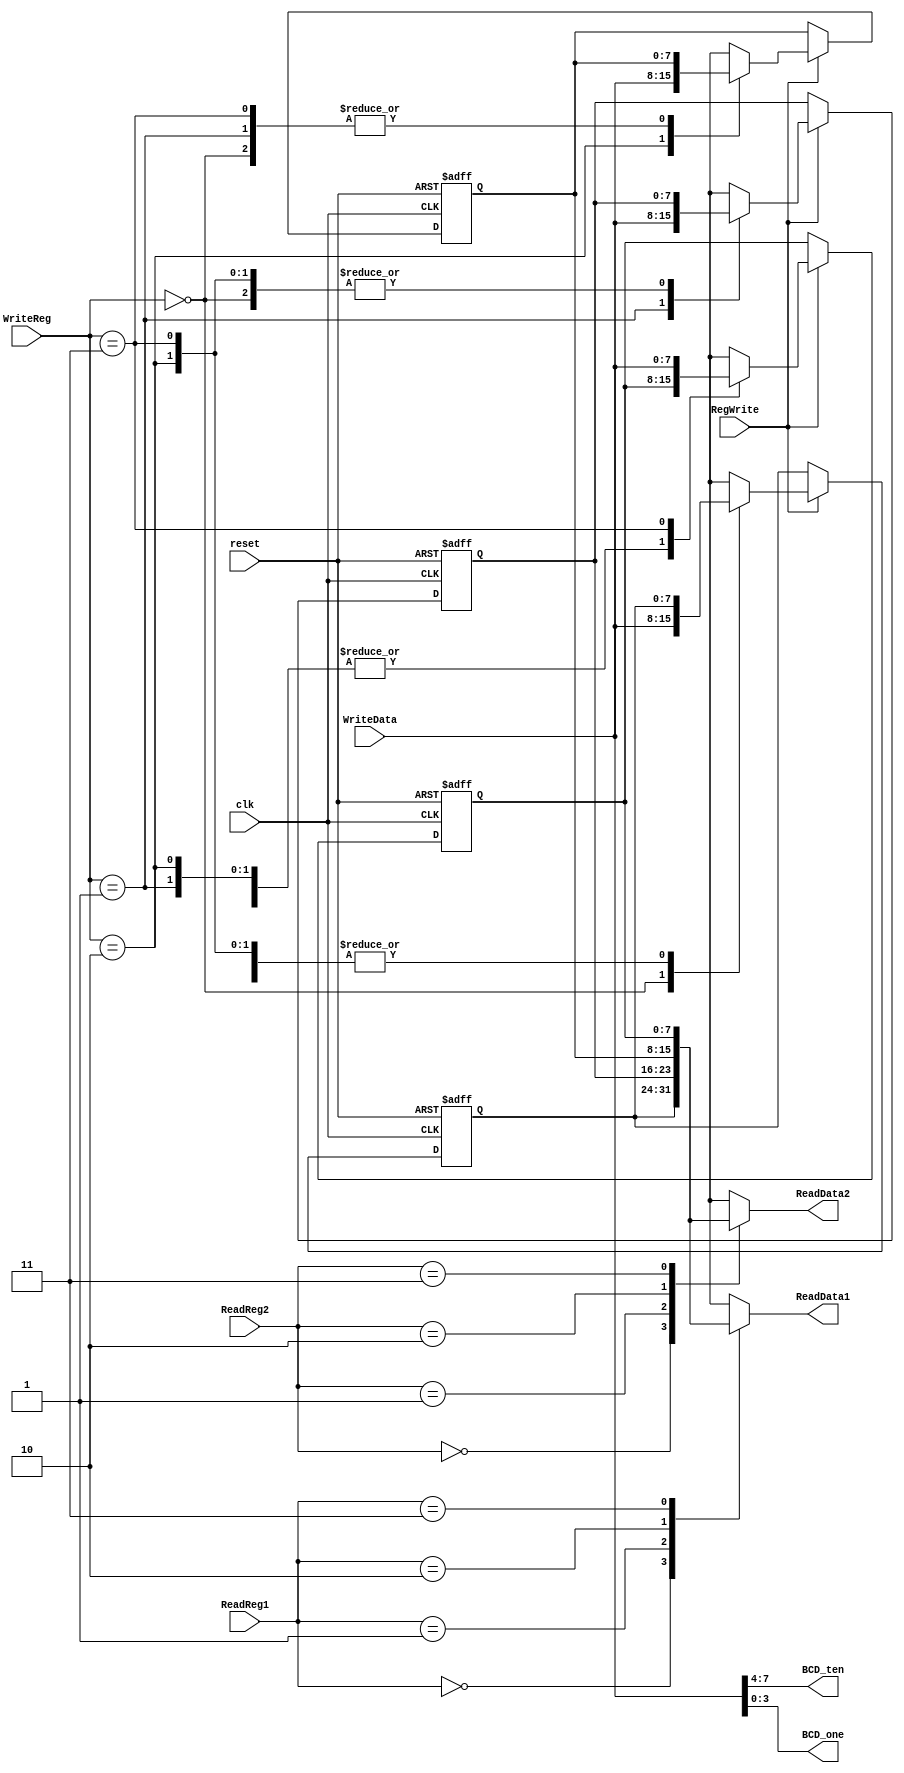
`timescale 1ns / 1ps
//////////////////////////////////////////////////////////////////////////////////
// Company: 
// Engineer: 
// 
// Design Name: 
// Module Name:    Register 
// Project Name: 
// Target Devices: 
// Tool versions: 
// Description: 
//
// Dependencies: 
//
// Revision: 
// Revision 0.01 - File Created
// Additional Comments: 
//
//////////////////////////////////////////////////////////////////////////////////
module Register(
    input [1:0] ReadReg1,
    input [1:0] ReadReg2,
    input [1:0] WriteReg,
    input [7:0] WriteData,
	 input RegWrite,
	 input clk,
	 input reset,
    output [7:0] ReadData1,
    output [7:0] ReadData2,
    output [3:0] BCD_ten,
    output [3:0] BCD_one
    );
	 
	 reg [7:0] register [3:0];
	 initial begin
		register[0] = 8'd0;
		register[1] = 8'd0;
		register[2] = 8'd0;
		register[3] = 8'd0;
	 end
	 
	 assign BCD_ten = WriteData[7:4];
	 assign BCD_one = WriteData[3:0];
	 assign ReadData1[7:0] = register[ReadReg1];
	 assign ReadData2[7:0] = register[ReadReg2];
	 always @(posedge clk, posedge reset) begin
	   if(reset) begin
			register[0] = 8'd0;
			register[1] = 8'd0;
			register[2] = 8'd0;
			register[3] = 8'd0;
		end else begin
		if(RegWrite==1'b1) begin
			register[WriteReg] = WriteData;
		end	
		end
	 end
endmodule